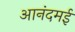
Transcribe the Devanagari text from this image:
आनंदमई